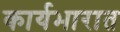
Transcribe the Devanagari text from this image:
कार्यभारात